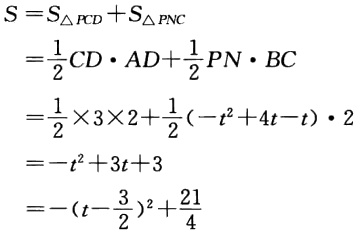
\[
\begin{align*}
S&=S_{\triangle FCD}+S_{\triangle PNC}\\
&=\frac{1}{2}CD\cdot AD + \frac{1}{2}PN\cdot BC\\
&=\frac{1}{2}\times3\times2+\frac{1}{2}(-t^{2}+4t - t)\cdot2\\
&=-t^{2}+3t + 3\\
&=-(t-\frac{3}{2})^{2}+\frac{21}{4}
\end{align*}
\]